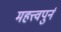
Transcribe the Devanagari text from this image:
महत्त्वपुर्न